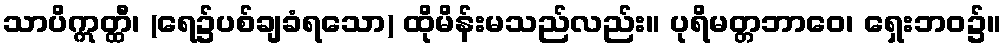
သာပိဣတ္ထီ၊ (ရေ၌ပစ်ချခံရသော) ထိုမိန်းမသည်လည်း။ ပုရိမတ္တဘာဝေ၊ ရှေးဘဝ၌။